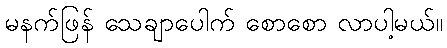
မနက်ဖြန် သေချာပေါက် စောစော လာပါ့မယ်။